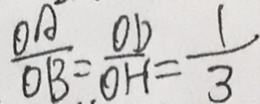
\frac { O A } { O B } = \frac { O D } { O H } = \frac { 1 } { 3 }